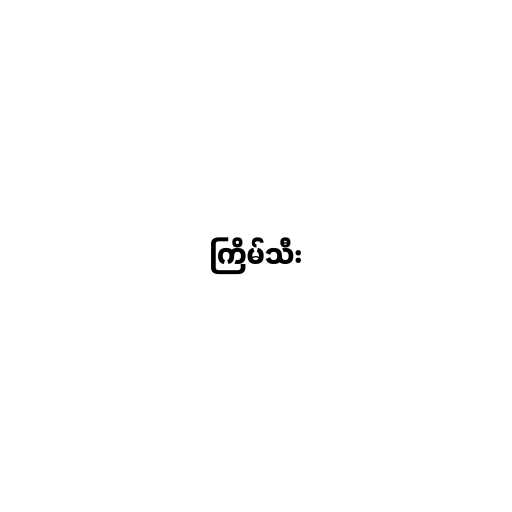
ကြိမ်သီး